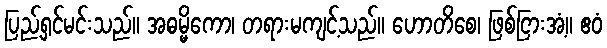
ပြည့်ရှင်မင်းသည်။ အဓမ္မိကော၊ တရားမကျင့်သည်။ ဟောတိစေ၊ ဖြစ်ငြားအံ့။ ဧဝံ